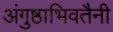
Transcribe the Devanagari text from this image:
अंगुष्ठाभिवतैनी